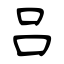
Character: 吕